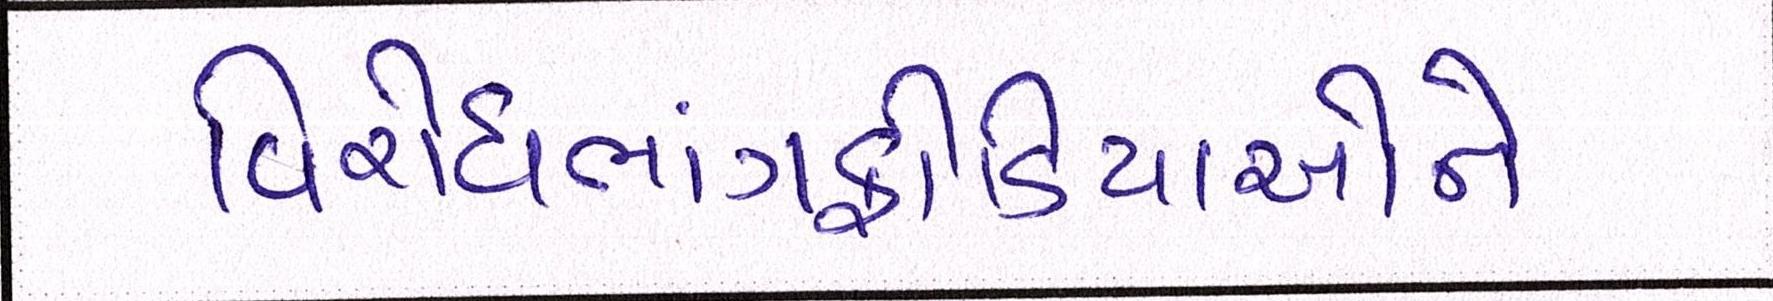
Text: વિરોધભાંગફોડિયાઓને